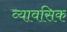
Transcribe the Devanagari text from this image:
व्यावसिक